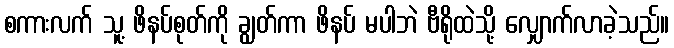
စကားလက် သူ့ ဖိနပ်စုတ်ကို ချွတ်ကာ ဖိနပ် မပါဘဲ ဗီရိုထဲသို့ လျှောက်လာခဲ့သည်။